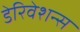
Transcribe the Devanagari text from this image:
डेरिवेशन्स